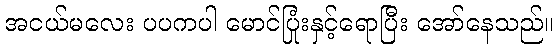
အငယ်မလေး ပပကပါ မောင်ပြုံးနှင့်ရောပြီး အော်နေသည်။